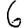
Digit: 6